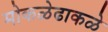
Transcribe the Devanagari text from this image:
मोकळेढाकळे